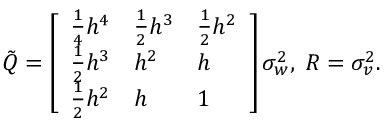
\begin{array} { r } { \tilde { Q } = \left[ \begin{array} { l l l } { \frac { 1 } { 4 } h ^ { 4 } } & { \frac { 1 } { 2 } h ^ { 3 } } & { \frac { 1 } { 2 } h ^ { 2 } } \\ { \frac { 1 } { 2 } h ^ { 3 } } & { h ^ { 2 } } & { h } \\ { \frac { 1 } { 2 } h ^ { 2 } } & { h } & { 1 } \end{array} \right] \sigma _ { w } ^ { 2 } , \; R = \sigma _ { v } ^ { 2 } . } \end{array}